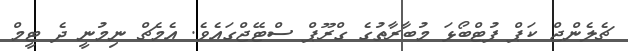
ޗެލެންޖް ކަޕް ފުޓްބޯޅަ މުބާރާތުގެ ގްރޫޕް ސްޓޭޖްގައެވެ. އެމެޗް ނިމުނީ ދެ ޓީމް